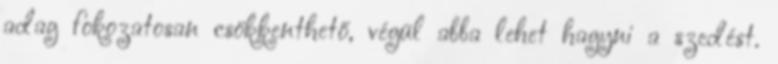
adag fokozatosan csökkenthető, végül abba lehet hagyni a szedést.